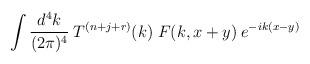
LaTeX: \begin{align*}\int \frac{d^4k}{(2 \pi)^4} \:T^{(n+j+r)}(k) \; F(k, x+y)\:e^{-ik(x-y)} \end{align*}